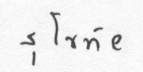
สุโขทัย